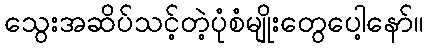
သွေးအဆိပ်သင့်တဲ့ပုံစံမျိုးတွေပေါ့နော်။